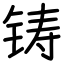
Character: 铸